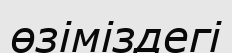
өзіміздегі